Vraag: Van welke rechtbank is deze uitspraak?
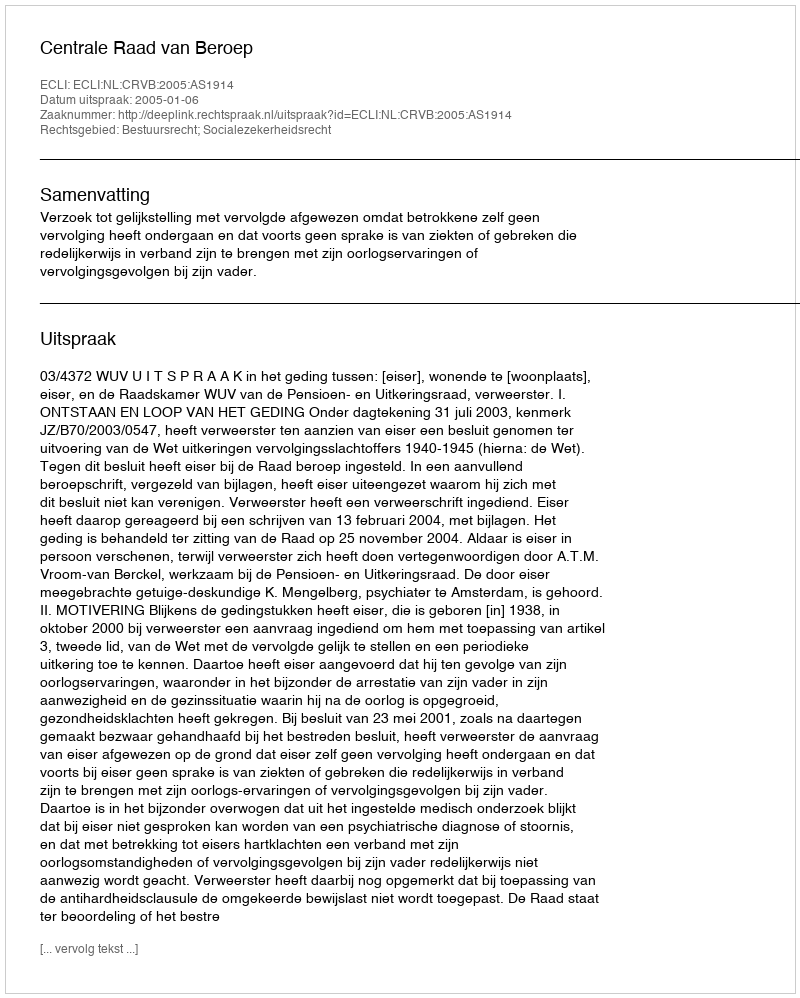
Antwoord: Centrale Raad van Beroep